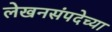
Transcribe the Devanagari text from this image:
लेखनसंपदेच्या